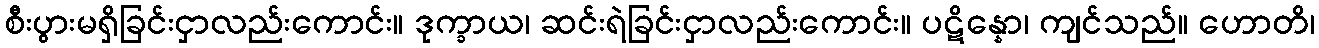
စီးပွားမရှိခြင်းငှာလည်းကောင်း။ ဒုက္ခာယ၊ ဆင်းရဲခြင်းငှာလည်းကောင်း။ ပဋိန္နော၊ ကျင်သည်။ ဟောတိ၊